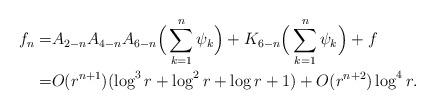
LaTeX: \begin{align*}f_n=&A_{2-n}A_{4-n}A_{6-n}\Big(\sum_{k=1}^n\psi_k\Big)+K_{6-n}\Big(\sum_{k=1}^n\psi_k\Big)+f\\=&O(r^{n+1})(\log^3 r+\log^2 r+\log r+1)+O(r^{n+2})\log^4 r.\end{align*}